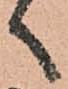
ヽ